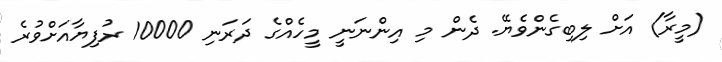
(މީރާ) އަށް ލިބިގެންވެޔޭ. ދެން މި އިންނަނީ މީހެއްގެ ދަރަނި 10000 ރުފިޔާއަަށްވުރެ